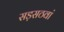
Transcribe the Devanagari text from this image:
सड़सठवां